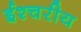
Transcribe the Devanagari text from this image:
ईश्चरीय